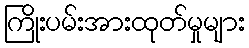
ကြိုးပမ်းအားထုတ်မှုများ